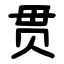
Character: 贯